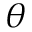
\theta